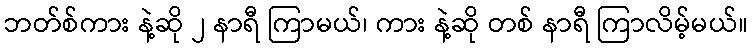
ဘတ်စ်ကား နဲ့ဆို ၂ နာရီ ကြာမယ်၊ ကား နဲ့ဆို တစ် နာရီ ကြာလိမ့်မယ်။